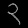
Digit: ၃